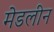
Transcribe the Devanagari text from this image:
मेडलीन